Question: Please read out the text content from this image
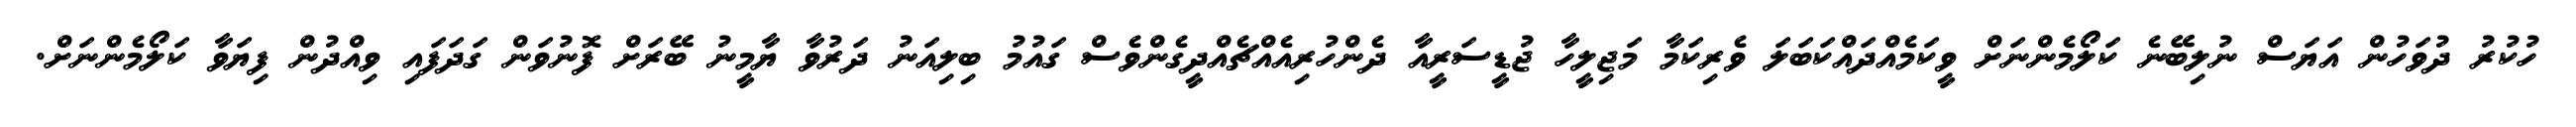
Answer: ހުކުރު ދުވަހުން އަޔަސް ނުލިބޭނެ ކަލޯމެންނަށް ވީކަމެއްދައްކަބަލަ ވެރިކަމާ މަޖިލީހާ ޖުޑީސަރީއާ ދެންހުރިއެއްޗެއްދީގެންވެސް ގައުމު ބިލިއަނު ދަރުވާ ޔާމީނު ބޭރަށް ފޮނުވަން ގަދަފައި ވިއްދުން ފިޔަވާ ކަލޯމެންނަށް.